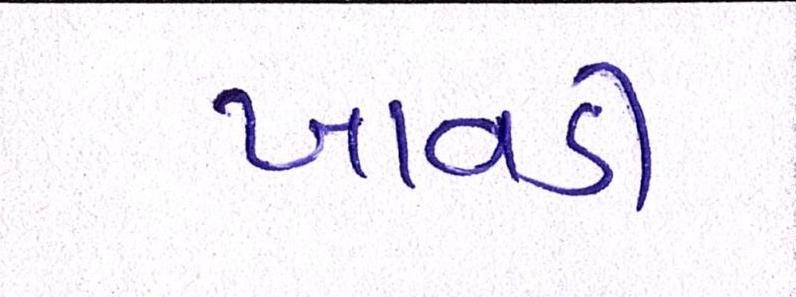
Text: ખાવડી